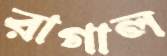
রাগাল